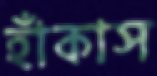
হাঁকাস